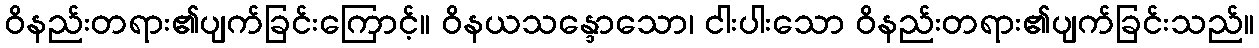
ဝိနည်းတရား၏ပျက်ခြင်းကြောင့်။ ဝိနယသန္ဒောသော၊ ငါးပါးသော ဝိနည်းတရား၏ပျက်ခြင်းသည်။